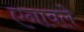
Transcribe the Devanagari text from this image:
एनावले